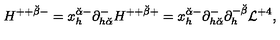
H ^ { + + { \breve { \beta } } - } = x _ { h } ^ { { \breve { \alpha } } - } \partial _ { h { \breve { \alpha } } } ^ { - } H ^ { + + { \breve { \beta } } + } = x _ { h } ^ { { \breve { \alpha } } - } \partial _ { h { \breve { \alpha } } } ^ { - } \partial _ { h } ^ { - { \breve { \beta } } } { \cal L } ^ { + 4 } ,